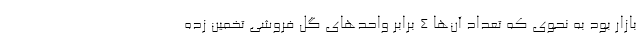
بازار بود به نحوی که تعداد آن‌ها 4 برابر واحدهای گل فروشی تخمین زده